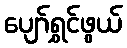
ပျော်ရွှင်ဖွယ်